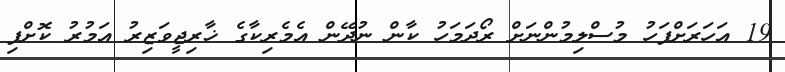
19 އަހަރަށްފަހު މުސްލިމުންނަށް ރޯދަމަހު ކާން ނުދޭން އެމެރިކާގެ ޚާރިޖީވަޒިރު އަމުރު ކޮށްފި